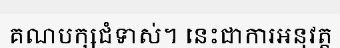
គណបក្សជំទាស់។ នេះជាការអនុវត្ត